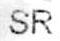
SR